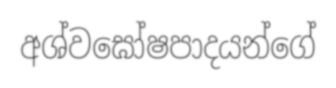
අශ්වඝෝෂපාදයන්ගේ